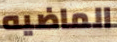
الماضيه